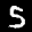
Label: 5